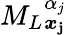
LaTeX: {M_{L}}_{\boldsymbol{x}_{\le j}}^{\alpha_{j}}